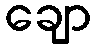
ချော